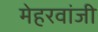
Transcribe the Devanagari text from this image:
मेहरवांजी